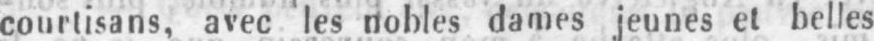
courtisans, avec les nobles dames jeunes et belles